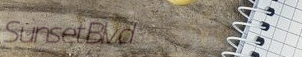
SunsetBlvd